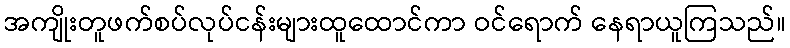
အကျိုးတူဖက်စပ်လုပ်ငန်းများထူထောင်ကာ ဝင်ရောက် နေရာယူကြသည်။